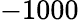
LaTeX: -1000